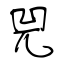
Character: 兕